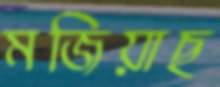
মজিয়াছ